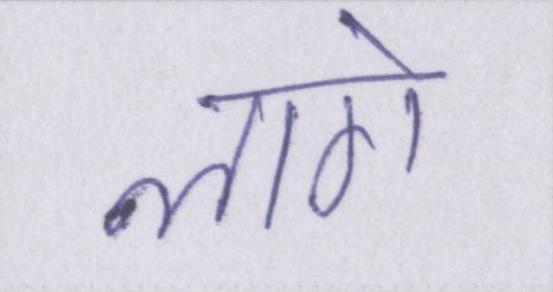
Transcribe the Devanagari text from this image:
लागे